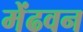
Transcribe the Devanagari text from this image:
मेंढवन